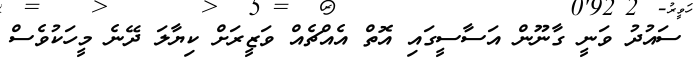
ސައުދު ވަނީ ގާނޫން އަސާސީގައި އޮތް އެއްޗެއް ވަޒީރަށް ކިޔާލަ ދޭނެ މީހަކުވެސް